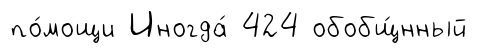
по́мощи Иногда́ 424 обобщ́нный